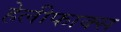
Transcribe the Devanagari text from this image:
हेलीफाक्स